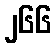
၂၆၆